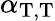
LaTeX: \alpha_{\mathrm{T},\mathrm{T}}